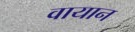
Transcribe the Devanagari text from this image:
वायान